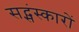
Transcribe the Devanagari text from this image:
सद्संस्कारों